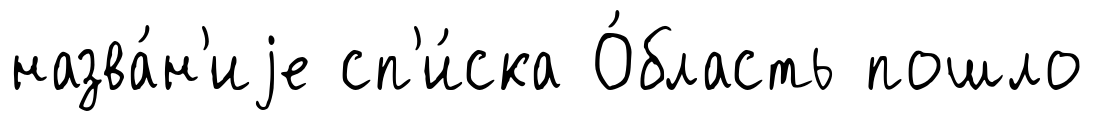
назва́н'иjе сп'и́ска О́бласть пошло